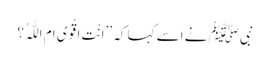
نبیﷺ نے اسے کہا کہ ’’اَنْتَ اَقْوَی اَمِ اللّٰہُ ؟